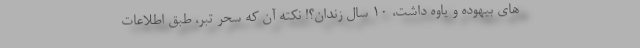
های بیهوده و یاوه داشت، 10 سال زندان؟! نکته آن که سحر تبر، طبق اطلاعات